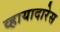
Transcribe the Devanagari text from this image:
व्हायादारेस